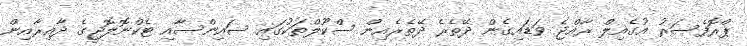
ޕްރޮފެސަރު އުގެއިލް ރާއްޖެ ވަޑައިގެން ދޭތެރެ ދޭތެރެއިން ސްކޫލްތަކުގައި ސައިންސާއި ޓެކްނޮލޮޖީގެ ދާއިރާއިން